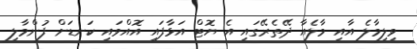
ވިލިމާލެ އާއި މާލެއާ ދޭތެރޭގައި އެ ޔޮޓް އަޅާފައި އޮއްވައި ކަނޑަށް ފުންމާލި